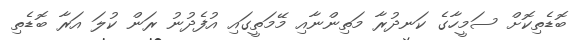
ބޮޑެތިކޮށް ސަމީހާގެ ކަނދުރާ މަތިންނާއި މޭމަތީގައި އުފެދުނު ރަން ކުލަ އަރާ ބޮޑެތި